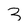
Character: 3